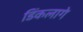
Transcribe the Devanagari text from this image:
डिंकलागे